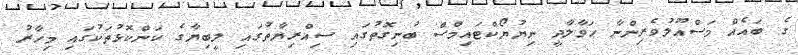
ގެ ބައެއް މަސްއޫލުވެރިންނާ ޙަވާލާދީ ނިޔުޔޯކްޓައިމްސް ބުނިގޮތުގައި ސިއްރިޔާތުގައި ލީބިޔާގެ ކަންކޮޅުތަކުގައި މިހާރު